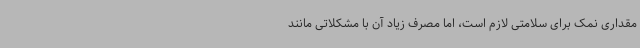
مقداری نمک برای سلامتی لازم است، اما مصرف زیاد آن با مشکلاتی مانند